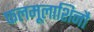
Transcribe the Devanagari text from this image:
फलमूलाशिनौ